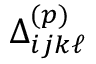
\Delta _ { i j k \ell } ^ { ( p ) }